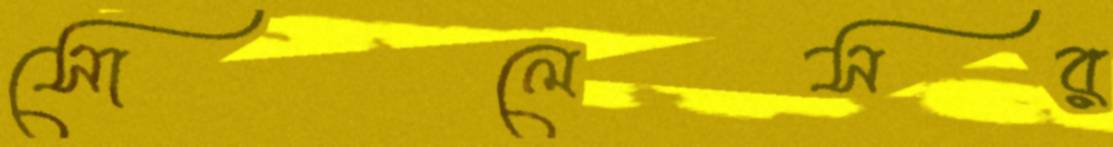
সোলেসর